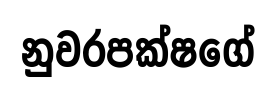
නුවරපක්ෂගේ